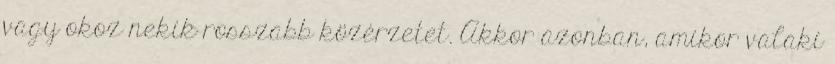
vagy okoz nekik rosszabb közérzetet. Akkor azonban, amikor valaki